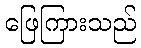
ဖြေကြားသည်